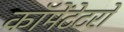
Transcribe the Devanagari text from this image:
कॉमेंटेटरों